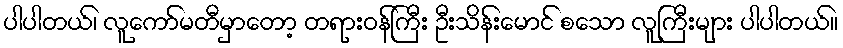
ပါပါတယ်၊ လူကော်မတီမှာတော့ တရားဝန်ကြီး ဦးသိန်းမောင် စသော လူကြီးများ ပါပါတယ်။